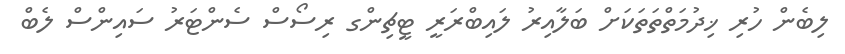
ލިބެން ހުރި ޚިދުމަތްތަތަކަށް ބަލާއިރު ލައިބްރަރީ ޓީޗިންގ ރިސޯސް ސެންޓަރު ސައިންސް ލެބް